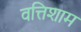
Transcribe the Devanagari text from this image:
वत्तिशाम